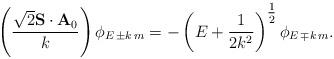
LaTeX: \begin{align*}\left( \frac{\sqrt{2}{\bf S}\cdot{\bf A}_{0}}{k}\right) \phi_{E\,\pm k\,m}=-\left(E+\frac{1}{2k^{2}}\right)^{\mbox{$\frac{1}{2}$}}\phi_{E\,\mp k\,m}.\end{align*}